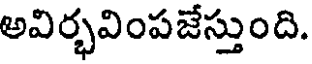
అవిర్భవింపజేస్తుంది.